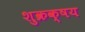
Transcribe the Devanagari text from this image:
शुक्रक्षय